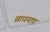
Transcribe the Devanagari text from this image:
साधनाएं